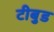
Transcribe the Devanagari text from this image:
टीबुड